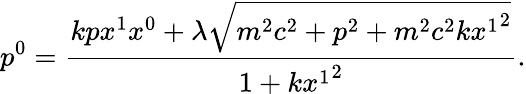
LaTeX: p^{0}=\frac{kpx^{1}x^{0}+\lambda\sqrt{m^{2}c^{2}+p^{2}+m^{2}c^{2}k{x^{1}}^{2}}}{1+k{x^{1}}^{2}}.